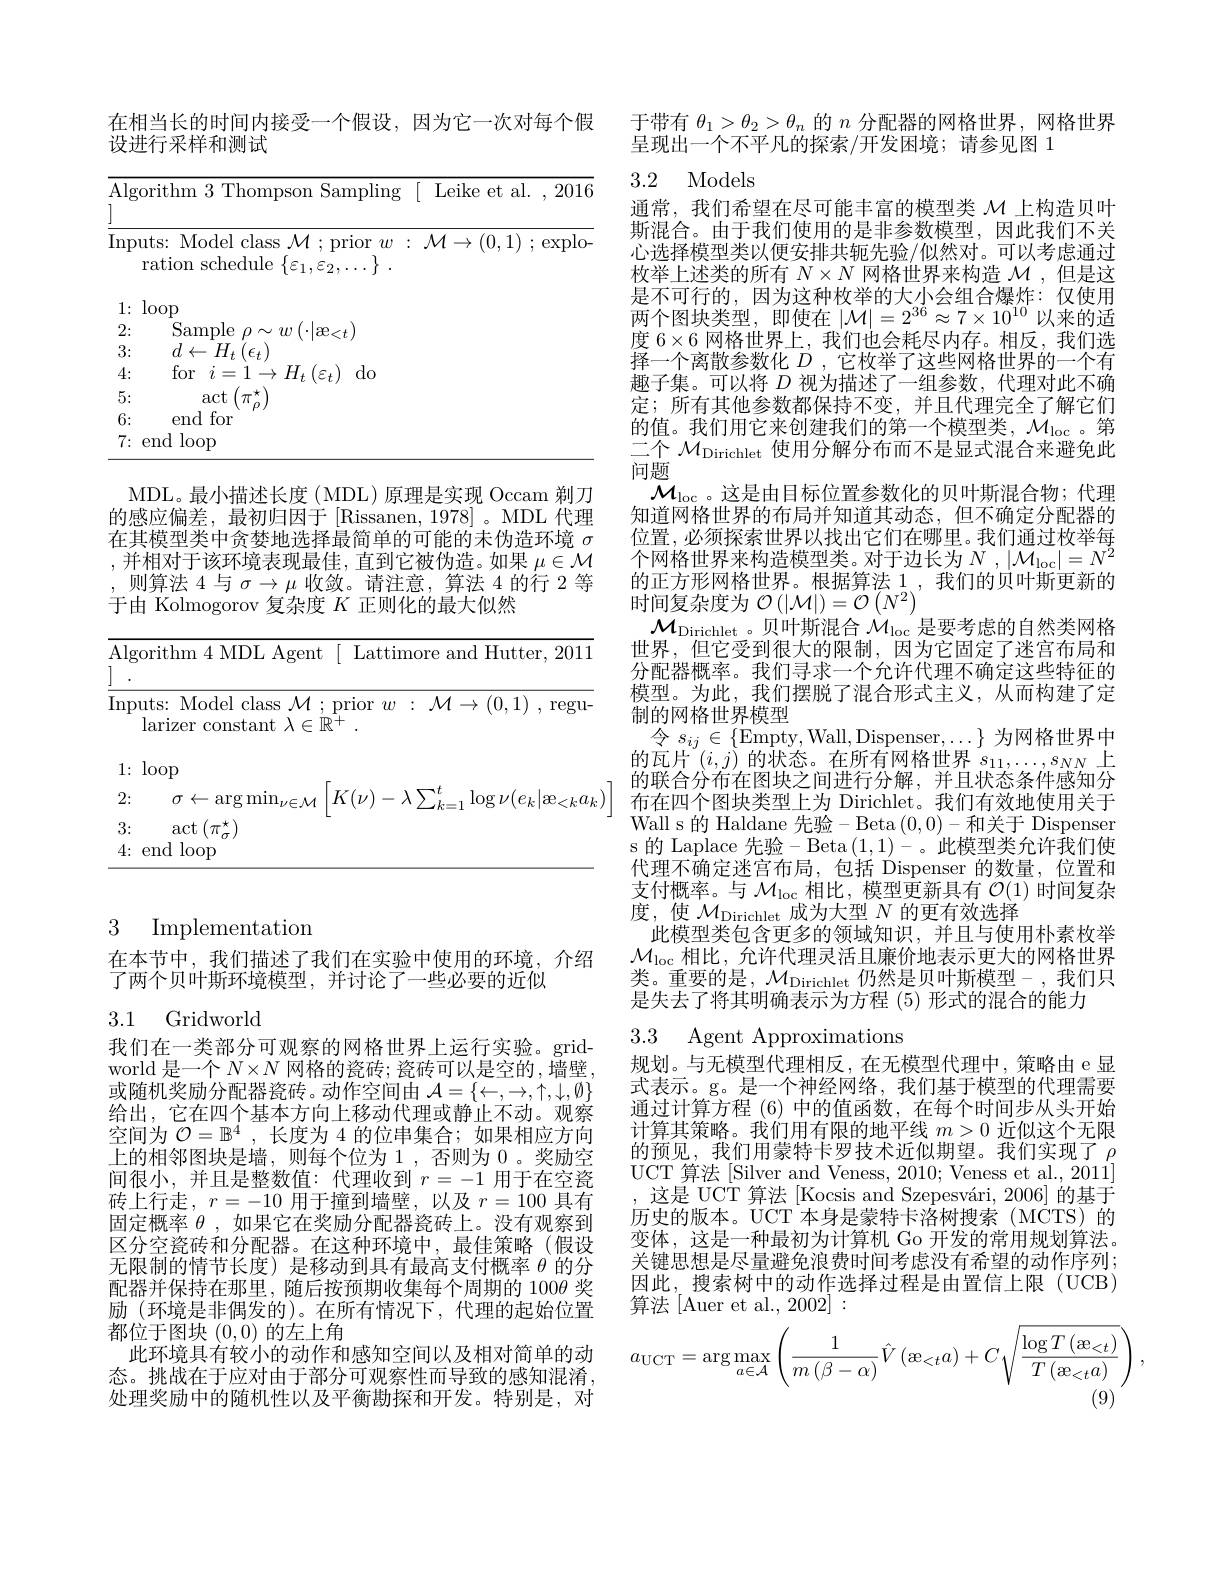
# 3 Implementation

在本节中，我们描述了我们在实验中使用的环境，介绍
了两个贝叶斯环境模型，并讨论了一些必要的近似

## 3.1 Gridworld

我们在一类部分可观察的网格世界上运行实验。gridworld 是一个$N\times N$网格的瓷砖；瓷砖可以是空的，墙壁， 或随机奖励分配器瓷砖。动作空间由$\mathcal{A}=\{\leftarrow,\rightarrow,\uparrow,\downarrow,\emptyset\}$ 给出，它在四个基本方向上移动代理或静止不动。观察空间为$\mathcal{O}=\mathbb{B}^4$,长度为 4 的位串集合；如果相应方向上的相邻图块是墙，则每个位为 1 , 否则为 0 。奖励空间很小，并且是整数值：代理收到$r=-1$用于在空瓷砖上行走$,r=-10$用于撞到墙壁，以及$r=100$具有固定概率$\theta$ ,如果它在奖励分配器瓷砖上。没有观察到区分空瓷砖和分配器。在这种环境中，最佳策略(假设无限制的情节长度)是移动到具有最高支付概率$\theta$的分配器并保持在那里，随后按预期收集每个周期的 100$\theta$奖励 (环境是非偶发的)。在所有情况下，代理的起始位置都位于图块(0,0)的左上角
此环境具有较小的动作和感知空间以及相对简单的动态。挑战在于应对由于部分可观察性而导致的感知混淆， 处理奖励中的随机性以及平衡勘探和开发。特别是，对

在相当长的时间内接受一个假设，因为它一次对每个假
设进行采样和测试

<table>
	<tbody>
		<tr>
			<th>Algorithm 3 Thompson</th>
			<th>hm 3 Thompson Sampling [ Leike et al. , 2016]</th>
		</tr>
		<tr>
			<td>Model class Inputs: N $;\mathcal{M}$</td>
			<td>Model class $\mathcal{M};$prior $w:\mathcal{M}\to(0,1);$explo</td>
		</tr>
		<tr>
			<td>ration schedule $\{\varepsilon_{1}$,</td>
			<td>101 $\operatorname{schedule}\left\{\varepsilon_{1},\varepsilon_{2}\right.$ $2,\cdots$ r</td>
		</tr>
		<tr>
			<td>1: loop</td>
			<td>${\mathrm{P}}$</td>
		</tr>
		<tr>
			<td>2: Sample $\rho$ , 八 $u$</td>
			<td>Sample 11 71 $\mathop{\mathrm{xe}}_{<}$</td>
		</tr>
		<tr>
			<td>3: $d\leftarrow H_{t}\left(\epsilon_{t}\right)$</td>
			<td>$d\leftarrow$ $H_{t}$ $(\epsilon_{t}$</td>
		</tr>
		<tr>
			<td>for $i=1\rightarrow H_{t}\left(\text{a}\right)$ 4:</td>
			<td>for $i=$ , 1. $H_{t}$ $(\varepsilon_{t})$ $do$</td>
		</tr>
		<tr>
			<td>5: $\arctan$</td>
			<td>$\arctan(\pi^{\star}$</td>
		</tr>
		<tr>
			<td>6: end for</td>
			<td>$f_{\mathrm{Or}}$ enc</td>
		</tr>
		<tr>
			<td>7{:}endloop</td>
			<td>loop</td>
		</tr>
	</tbody>
</table>

MDL。最小描述长度(MDL)原理是实现 Occam 剃刀的感应偏差，最初归因于[Rissanen,1978]。MDL 代理在其模型类中贪婪地选择最简单的可能的未伪造环境$\sigma$ ,并相对于该环境表现最佳，直到它被伪造。如果$\mu\in\mathcal{M}$ ,则算法 4 与 $\sigma\to\mu$ 收敛。请注意，算法 4 的行 2 等于由 Kolmogorov 复杂度$K$正则化的最大似然

<table>
	<tbody>
		<tr>
			<td>Al 7</td>
			<td>$\operatorname{ithm}4$MDL Agent[Lattimore and Hutter, 2011</td>
		</tr>
		<tr>
			<td>$\operatorname{Inf}$</td>
			<td>$s{:}$ Model class $\mathcal{M};$prior $w:\mathcal{M}\to(0,1)$,regu- rizer constant $\lambda\in\mathbb{R}^+.$</td>
		</tr>
		<tr>
			<td>2:</td>
			<td>$\sigma\leftarrow\operatorname{arg}\operatorname*{min}_{\nu\in\mathcal{M}}$ $\left|K(\nu)-\lambda\sum_{k=1}^{t}\log\nu(e_{k}|\mathfrak{æ}_{<k}a_{k}\right|$</td>
		</tr>
		<tr>
			<td>3:</td>
			<td>$\operatorname{act}\left(\pi_{\sigma}^{\star}\right)$</td>
		</tr>
		<tr>
			<td>4:</td>
			<td>$d$ $l\log$</td>
		</tr>
	</tbody>
</table>

于带有$\theta_1>\theta_2>\theta_n$的$n$分配器的网格世界，网格世界
呈现出一个不平凡的探索/开发困境；请参见图 1

# 3.2 Models

通常，我们希望在尽可能丰富的模型类$\mathcal{M}$上构造贝叶斯混合。由于我们使用的是非参数模型，因此我们不关心选择模型类以便安排共轭先验/似然对。可以考虑通过枚举上述类的所有$N\times N$网格世界来构造$\mathcal{M}$ ,但是这是不可行的，因为这种枚举的大小会组合爆炸：仅使用两个图块类型，即使在$|\mathcal{M}|=2^{36}\approx7\times10^{10}$以来的适度 6$\times6$网格世界上，我们也会耗尽内存。相反，我们选择一个离散参数化$D$ ,它枚举了这些网格世界的一个有趣子集。可以将$D$视为描述了一组参数，代理对此不确定；所有其他参数都保持不变，并且代理完全了解它们的值。我们用它来创建我们的第一个模型类，$\mathcal{M}_\mathrm{loc}$。第二个$\mathcal{M}_\mathrm{Dirichlet}$使用分解分布而不是显式混合来避免此问题
$\mathcal{M}_{\mathrm{loc}}$。这是由目标位置参数化的贝叶斯混合物；代理知道网格世界的布局并知道其动态，但不确定分配器的位置，必须探索世界以找出它们在哪里。我们通过枚举每个网格世界来构造模型类。对于边长为$N$ , $|\mathcal{M}_{\mathrm{loc}}|=N^2$ 的正方形网格世界。根据算法 1 ,我们的贝叶斯更新的时间复杂度为$\mathcal{O}\left(|\mathcal{M}|\right)=\mathcal{O}\left(N^{2}\right)$
$\mathcal{M}_{\mathrm{Dirichlet}}$。贝叶斯混合$\mathcal{M}_\mathrm{loc}$是要考虑的自然类网格世界，但它受到很大的限制，因为它固定了迷宫布局和分配器概率。我们寻求一个允许代理不确定这些特征的模型。为此，我们摆脱了混合形式主义，从而构建了定制的网格世界模型
令$s_ij\in\{$Empty, Wall, Dispenser$,\ldots\}$为网格世界中的瓦片$^{\prime}(i,j)$ 的状态。在所有网格世界$s_11,\ldots,s_{NN}$上的联合分布在图块之间进行分解，并且状态条件感知分布在四个图块类型上为 Dirichlet。我们有效地使用关于Wall s 的 Haldane 先验-Beta (0,0)-和关于 Dispenser s 的 Laplace 先验-Beta$\left(1,1\right)-$。此模型类允许我们使代理不确定迷宫布局，包括 Dispenser 的数量，位置和支付概率。与$\mathcal{M}_\mathrm{loc}$相比，模型更新具有$\mathcal{O}(1)$时间复杂度，使$\mathcal{M}_\text{Dirichlet}$成为大型$N$的更有效选择
此模型类包含更多的领域知识，并且与使用朴素枚举$\mathcal{M}_{\mathrm{loc}}$相比，允许代理灵活且廉价地表示更大的网格世界类。重要的是$,\mathcal{M}_\text{Dirichlet}$仍然是贝叶斯模型-,我们只是失去了将其明确表示为方程 (5)形式的混合的能力
3.3 Agent Approximations

规划。与无模型代理相反，在无模型代理中，策略由 e 显式表示。g。是一个神经网络，我们基于模型的代理需要通过计算方程 (6) 中的值函数，在每个时间步从头开始计算其策略。我们用有限的地平线$m>0$近似这个无限的预见，我们用蒙特卡罗技术近似期望。我们实现了$\rho$ UCT 算法 [Silver and Veness, 2010; Veness et al., 2011]
这是 UCT 算法[Kocsis and Szepesvári, 2006] 的基于历史的版本。UCT 本身是蒙特卡洛树搜索(MCTS)的变体，这是一种最初为计算机 Go 开发的常用规划算法。关键思想是尽量避免浪费时间考虑没有希望的动作序列； 因此，搜索树中的动作选择过程是由置信上限(UCB) 算法 [Auer et al., 2002]:
$$a_{\mathrm{UCT}}=\arg\max\limits_{a\in\mathcal{A}}\left(\frac{1}{m\left(\beta-\alpha\right)}\hat{V}\left(\mathrm{e}_{<t}a\right)+C\sqrt{\frac{\log T\left(\mathrm{e}_{<t}\right)}{T\left(\mathrm{e}_{<t}a\right)}}\right),$$
(9)